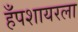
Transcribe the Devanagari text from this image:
हँपशायरला